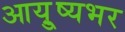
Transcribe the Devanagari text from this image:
आयु़्ष्यभर